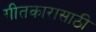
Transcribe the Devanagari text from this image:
गीतकारासाठी